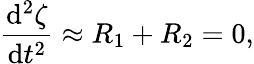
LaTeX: \frac{\mathrm{d}^{2}\zeta}{\mathrm{d}t^{2}}\approx R_{1}+R_{2}=0,